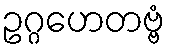
ဥဂ္ဂဟေတဗ္ဗံ